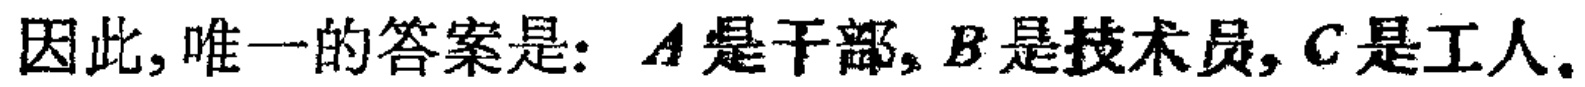
因此, 唯一的答案是: \(A\) 是干部, \(B\) 是技术员, \(C\) 是工人.